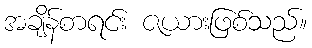
အချိန်စာရင်း ဇယားဖြစ်သည်။